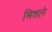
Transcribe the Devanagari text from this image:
मिशले